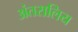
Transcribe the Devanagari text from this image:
अंतरालिय